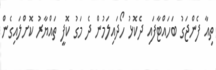
ތިއާ ފެންޖަގު ބަހައްޓާފައި ދެކޮޅު ހޯދައިލަމުން ދެ މަގު ކޮފީ ތައްޔާރު ކޮށްލައިގެން